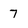
Character: 7